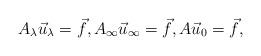
LaTeX: \begin{align*}A_\lambda \vec{u}_\lambda = \vec{f}, A_\infty \vec{u}_\infty = \vec{f}, A \vec{u}_0 = \vec{f},\end{align*}